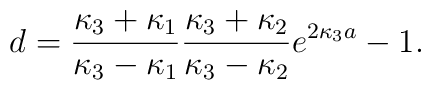
d={\kappa_3+\kappa_1\over\kappa_3-\kappa_1}{\kappa_3+\kappa_2\over\kappa_3-\kappa_2}e^{2\kappa_3 a}-1.